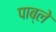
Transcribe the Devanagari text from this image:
पाब्ले